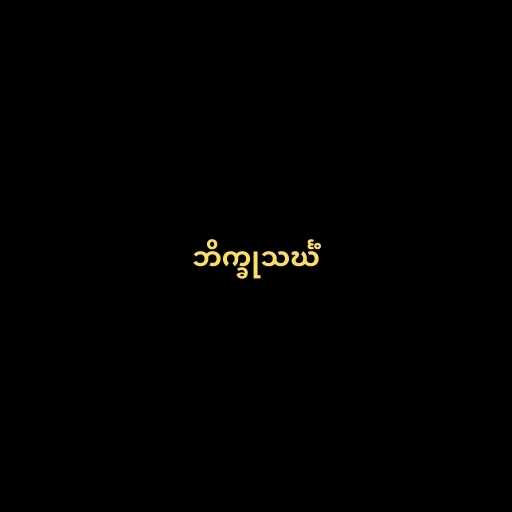
ဘိက္ခုသင်္ဃံ